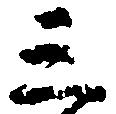
三